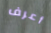
أعرف